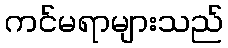
ကင်မရာများသည်